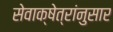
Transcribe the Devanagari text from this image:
सेवाक्षेत्रांनुसार